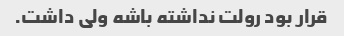
قرار بود رولت نداشته باشه ولی داشت.